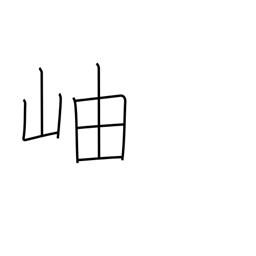
Meaning: gorge